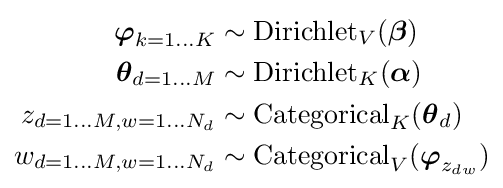
{\begin{aligned}{\boldsymbol {\varphi }}_{k=1\dots K}&\sim \operatorname {Dirichlet} _{V}({\boldsymbol {\beta }})\\{\boldsymbol {\theta }}_{d=1\dots M}&\sim \operatorname {Dirichlet} _{K}({\boldsymbol {\alpha }})\\z_{d=1\dots M,w=1\dots N_{d}}&\sim \operatorname {Categorical} _{K}({\boldsymbol {\theta }}_{d})\\w_{d=1\dots M,w=1\dots N_{d}}&\sim \operatorname {Categorical} _{V}({\boldsymbol {\varphi }}_{z_{dw}})\end{aligned}}